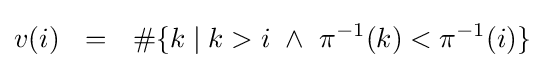
v(i)~~=~~\#\{k\mid k>i~\land ~\pi ^{-1}(k)<\pi ^{-1}(i)\}